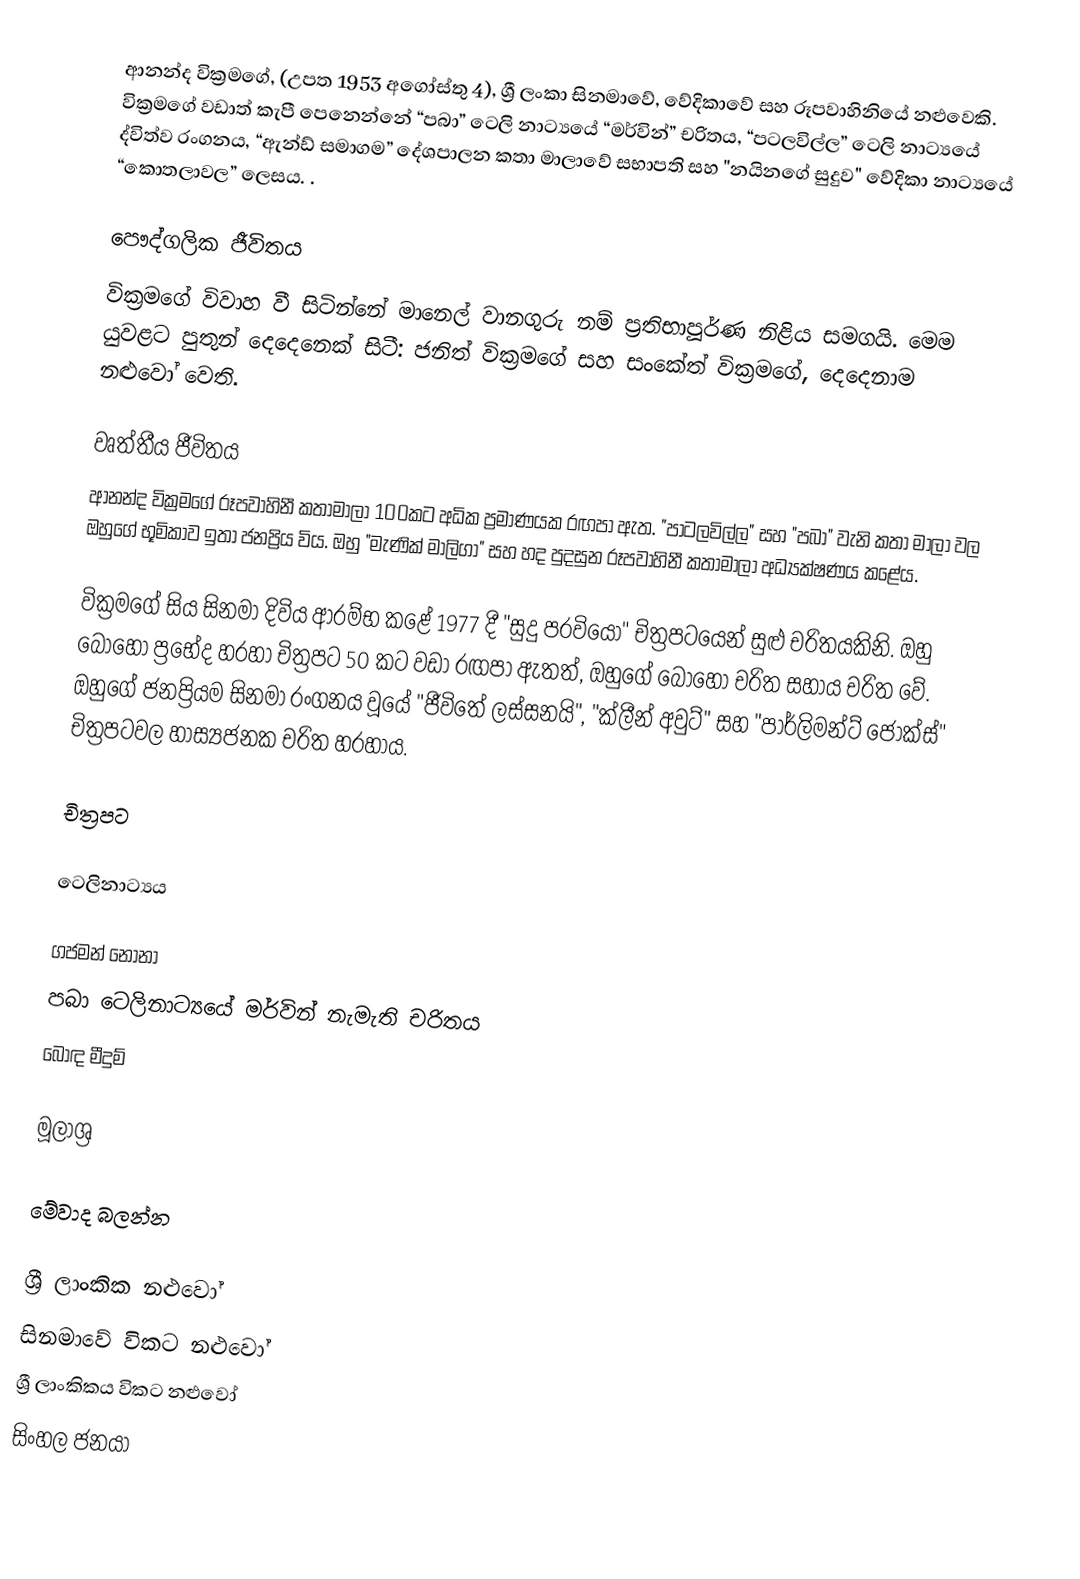
ආනන්ද වික්‍රමගේ, (උපත 1953 අගෝස්තු 4), ශ්‍රී ලංකා සිනමාවේ, වේදිකාවේ සහ රූපවාහිනියේ නළුවෙකි. වික්‍රමගේ වඩාත් කැපී පෙනෙන්නේ “පබා” ටෙලි නාට්‍යයේ “මර්වින්” චරිතය, “පටලවිල්ල” ටෙලි නාට්‍යයේ ද්විත්ව රංගනය, “ඇන්ඩ් සමාගම” දේශපාලන කතා මාලාවේ සභාපති සහ "නයිනගේ සුදුව" වේදිකා නාට්‍යයේ “කොතලාවල” ලෙසය. .

පෞද්ගලික ජීවිතය
වික්‍රමගේ විවාහ වී සිටින්නේ මානෙල් වානගුරු නම් ප්‍රතිභාපූර්ණ නිළිය සමගයි. මෙම යුවළට පුතුන් දෙදෙනෙක් සිටී: ජනිත් වික්‍රමගේ සහ සංකේත් වික්‍රමගේ, දෙදෙනාම නළුවෝ වෙති.

වෘත්තීය ජීවිතය
ආනන්ද වික්‍රමගේ රූපවාහිනී කතාමාලා 100කට අධික ප්‍රමාණයක රඟපා ඇත. "පාටලවිල්ල" සහ "පබා" වැනි කතා මාලා වල ඔහුගේ භූමිකාව ඉතා ජනප්‍රිය විය. ඔහු "මැණික් මාලිගා" සහ හද පුදසුන රූපවාහිනී කතාමාලා අධ්‍යක්ෂණය කළේය.

වික්‍රමගේ සිය සිනමා දිවිය ආරම්භ කළේ 1977 දී "සුදු පරවියෝ" චිත්‍රපටයෙන් සුළු චරිතයකිනි. ඔහු බොහෝ ප්‍රභේද හරහා චිත්‍රපට 50 කට වඩා රඟපා ඇතත්, ඔහුගේ බොහෝ චරිත සහාය චරිත වේ. ඔහුගේ ජනප්‍රියම සිනමා රංගනය වූයේ "ජීවිතේ ලස්සනයි", "ක්ලීන් අවුට්" සහ "පාර්ලිමන්ට් ජෝක්ස්" චිත්‍රපටවල හාස්‍යජනක චරිත හරහාය.

චිත්‍රපට

ටෙලිනාට්‍යය

ගජමන් නෝනා
පබා ටෙලිනාට්‍යයේ මර්වින් නැමැති චරිතය
බොඳ මීදුම්

මූලාශ්‍ර

මේවාද බලන්න

ශ්‍රී ලාංකික නළුවෝ
සිනමාවේ විකට නළුවෝ
ශ්‍රී ලාංකිකය විකට නළුවෝ
සිංහල ජනයා